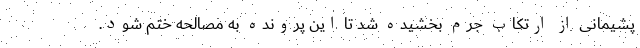
پشیمانی از ارتکاب جرم بخشیده شد تا این پرونده به مصالحه ختم شود.